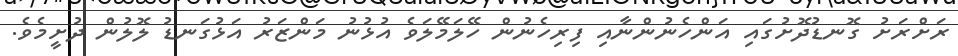
ރަށްރަށު ގޮނޑުދޮށުގައި އަންހެނުންނާއި ފިރިހެނުން ހޭލަމޭލަވެ އުޅުނު މަންޒަރު އަޅުގަނޑު ލޮލުން ދުށީމެވެ.